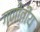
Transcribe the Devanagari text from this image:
गणीतीय